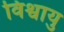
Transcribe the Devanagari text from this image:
विश्वायु